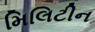
મિલિટીન